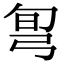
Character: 𢏔